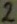
Text: 2